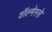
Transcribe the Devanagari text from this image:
वॉल्मेस्ले